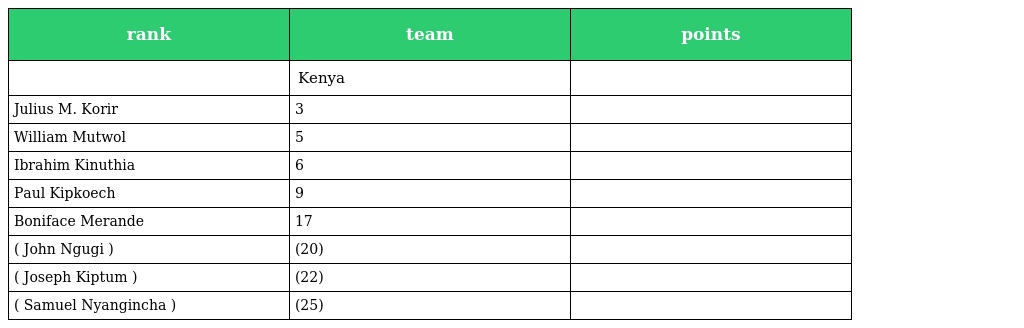
| rank | team | points |
 | --- | --- | --- |
 |  | Kenya |  |
 | Julius M. Korir | 3 |  |
 | William Mutwol | 5 |  |
 | Ibrahim Kinuthia | 6 |  |
 | Paul Kipkoech | 9 |  |
 | Boniface Merande | 17 |  |
 | ( John Ngugi ) | (20) |  |
 | ( Joseph Kiptum ) | (22) |  |
 | ( Samuel Nyangincha ) | (25) |  |